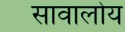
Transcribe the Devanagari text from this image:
सावालोय